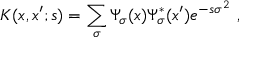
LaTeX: K ( x , x ^ { \prime } ; s ) = \sum _ { \sigma } \Psi _ { \sigma } ( x ) \Psi _ { \sigma } ^ { * } ( x ^ { \prime } ) e ^ { - s \sigma ^ { 2 } } \ ,